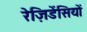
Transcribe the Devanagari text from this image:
रेज़िडेंसियों